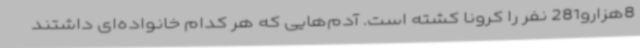
8هزارو281 نفر را کرونا کشته است. آدم‌هایی که هر کدام خانواده‌ای داشتند